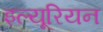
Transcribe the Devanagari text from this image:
इल्यूरियन